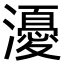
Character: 瀀